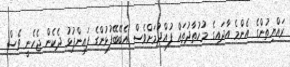
ރައްޔިތުންގެ އެންމެ އާދައިގެ މުހުތާދުތައް ފުއްދުމަށްވެސް އެބޭބޭފުޅުންގެ ފައިންޕުޅު ދެކެން ޖެހެނީ ވެސް